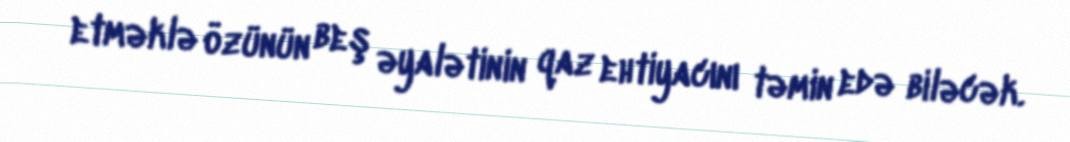
etməklə özünün beş əyalətinin qaz ehtiyacını təmin edə biləcək.